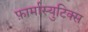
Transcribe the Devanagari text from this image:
फ़ार्मास्युटिक्स